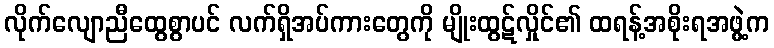
လိုက်လျောညီထွေစွာပင် လက်ရှိအပ်ကားတွေကို မျိုးထွဋ်လှိုင်၏ ထရန့်အစိုးရအဖွဲ့က